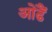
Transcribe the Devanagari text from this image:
ओढैं